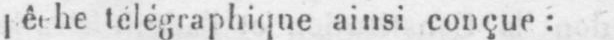
télégraphique ainsi conçue: